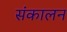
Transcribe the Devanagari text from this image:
संकालन